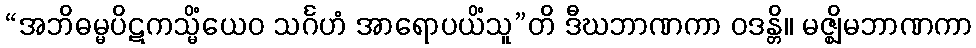
“အဘိဓမ္မပိဋကသ္မိံယေဝ သင်္ဂဟံ အာရောပယိံသူ”တိ ဒီဃဘာဏကာ ဝဒန္တိ။ မဇ္ဈိမဘာဏကာ